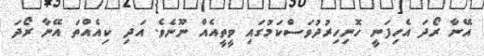
އޭނާ ރޯދަ އެހިފަނީ ހޮނިހިރުދުވަސްކަމުގައި ވީތީއެއް ނޫނެވެ. އަދި ކިއެއްތަ އޭނާ ރޯދަ